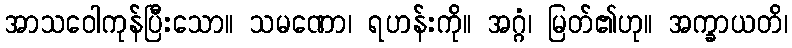
အာသဝေါကုန်ပြီးသော။ သမဏော၊ ရဟန်းကို။ အဂ္ဂံ၊ မြတ်၏ဟု။ အက္ခာယတိ၊